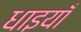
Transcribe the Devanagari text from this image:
धाइयाँ